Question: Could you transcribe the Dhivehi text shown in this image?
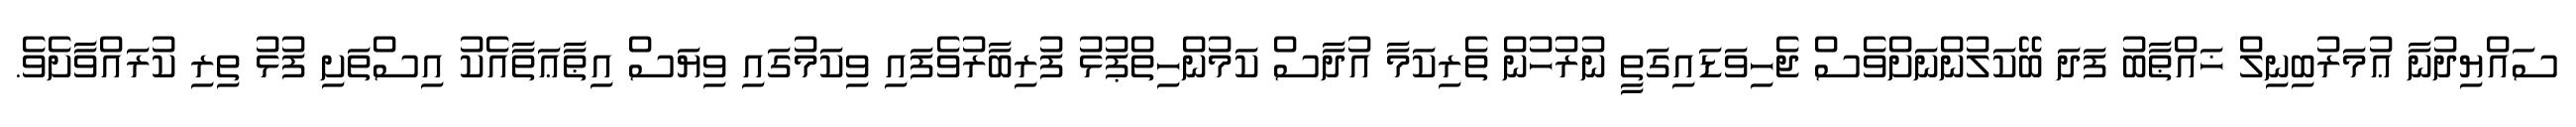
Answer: ސައްޔިދުނާ ޢުމަރުބިނިލް ޚައްޠާބު ފަދަ ބޭކަލުންނަށްވެސް ޖެހިވަޑައިގަތީ ނުރުހުން ތެރިކަމާ އުދާސް ކަމުންހިތްޕުޅު ފުރިބާރުވެފައި ވިކަމުގައި ވިޔަސް އިޠާޢަތާއެކު އިސްތަށި ފުޅު ތިރި ކުރައްވާށެވެ.